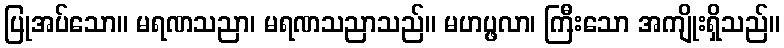
ပြုအပ်သော။ မရဏသညာ၊ မရဏသညာသည်။ မဟပ္ဖလာ၊ ကြီးသော အကျိုးရှိသည်။